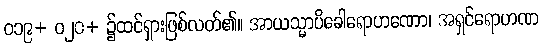
ဝ၁၉+ ဝ၂၀+ ၌ထင်ရှားဖြစ်လတ်၏။ အာယသ္မာပိခေါရောဟဏော၊ အရှင်ရောဟဏ